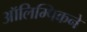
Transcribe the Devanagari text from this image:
ऑलिम्पिकने